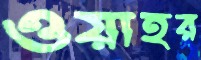
ওয়াহর